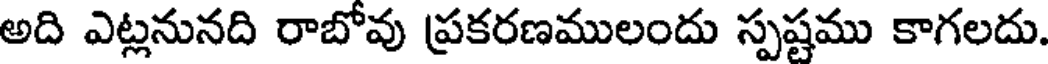
అది ఎట్లనునది రాబోవు ప్రకరణములందు స్పష్టము కాగలదు.